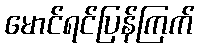
မောင်ရင်ပြန်ကြက်